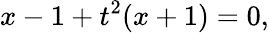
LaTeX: x-1+t^{2}(x+1)=0,